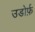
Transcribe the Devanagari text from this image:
उडोर्फ़